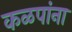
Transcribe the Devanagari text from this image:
कळपांना